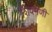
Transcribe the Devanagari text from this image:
शिवमणी